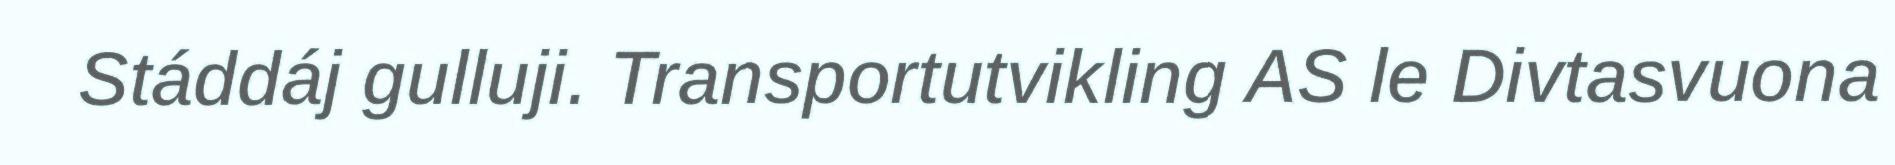
Stáddáj gulluji. Transportutvikling AS le Divtasvuona